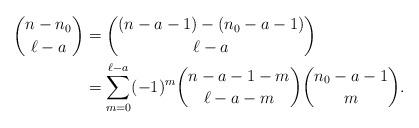
LaTeX: \begin{align*} \binom{n-n_0}{\ell-a} &=\binom{(n-a-1)-(n_0-a-1)}{\ell-a}\\ &=\sum_{m=0}^{\ell-a}(-1)^m\binom{n-a-1-m}{\ell-a-m}\binom{n_0-a-1}{m}. \end{align*}